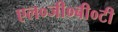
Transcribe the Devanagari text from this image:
एल०जी०बी०टी